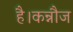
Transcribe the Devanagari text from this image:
है।कन्नौज